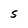
Character: S